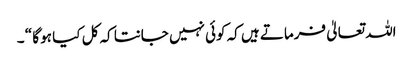
اللہ تعالیٰ فرماتے ہیں کہ کوئی نہیں جانتا کہ کل کیا ہو گا “ ۔